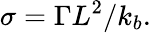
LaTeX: \sigma=\Gamma L^{2}/k_{b}.